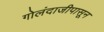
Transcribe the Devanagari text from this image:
गोलंदाजीपासून